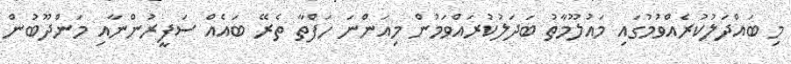
މި ބައްދަލުކުރެއްވުމުގައި މައުލޫމާތު ބަދަލުކުރައްވަމުން މިއަންނަ ހަފްތާ ތެރޭ ބައެއް ސަފީރުންނާއި މަންދޫބުން